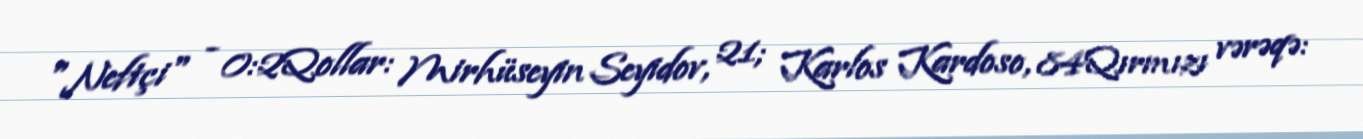
"Neftçi" - 0:2Qollar: Mirhüseyin Seyidov, 21; Karlos Kardoso, 84Qırmızı vərəqə: